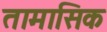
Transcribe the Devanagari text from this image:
तामासिक